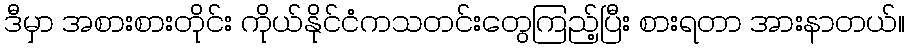
ဒီမှာ အစားစားတိုင်း ကိုယ်နိုင်ငံကသတင်းတွေကြည့်ပြီး စားရတာ အားနာတယ်။